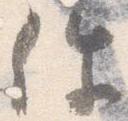
件